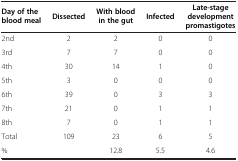
<table><thead><tr><td><b>Day of the blood meal</b></td><td><b>Dissected</b></td><td><b>With blood in the gut</b></td><td><b>Infected</b></td><td><b>Late-stage development promastigotes</b></td></tr></thead><tbody><tr><td>2nd</td><td>2</td><td>2</td><td>0</td><td>0</td></tr><tr><td>3rd</td><td>7</td><td>7</td><td>0</td><td>0</td></tr><tr><td>4th</td><td>30</td><td>14</td><td>1</td><td>0</td></tr><tr><td>5th</td><td>3</td><td>0</td><td>0</td><td>0</td></tr><tr><td>6th</td><td>39</td><td>0</td><td>3</td><td>3</td></tr><tr><td>7th</td><td>21</td><td>0</td><td>1</td><td>1</td></tr><tr><td>8th</td><td>7</td><td>0</td><td>1</td><td>1</td></tr><tr><td>Total</td><td>109</td><td>23</td><td>6</td><td>5</td></tr><tr><td>%</td><td> </td><td>12.8</td><td>5.5</td><td>4.6</td></tr></tbody></table>